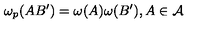
\omega _ { p } ( A B ^ { \prime } ) = \omega ( A ) \omega ( B ^ { \prime } ) , A \in \mathcal { A }